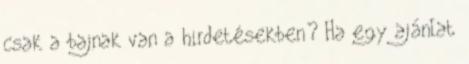
csak a bajnak van a hirdetésekben? Ha egy ajánlat